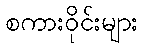
စကားဝိုင်းများ